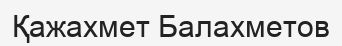
Қажахмет Балахметов